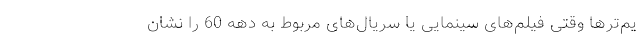
یم‌ترها وقتی فیلم‌های سینمایی یا سریال‌های مربوط به دهه 60 را نشان